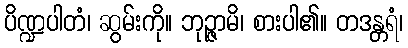
ပိဏ္ဍပါတံ၊ ဆွမ်းကို။ ဘုဉ္ဇာမိ၊ စားပါ၏။ တဒန္တရံ၊